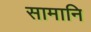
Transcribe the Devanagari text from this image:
सामानि